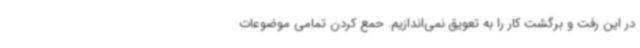
در این رفت و برگشت کار را به تعویق نمی‌اندازیم. حمع کردن تمامی موضوعات